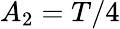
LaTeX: A_{2}=T/4